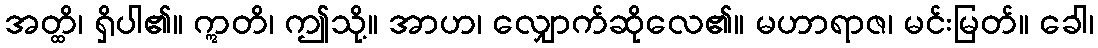
အတ္ထိ၊ ရှိပါ၏။ ဣတိ၊ ဤသို့။ အာဟ၊ လျှောက်ဆိုလေ၏။ မဟာရာဇ၊ မင်းမြတ်။ ခေါ၊